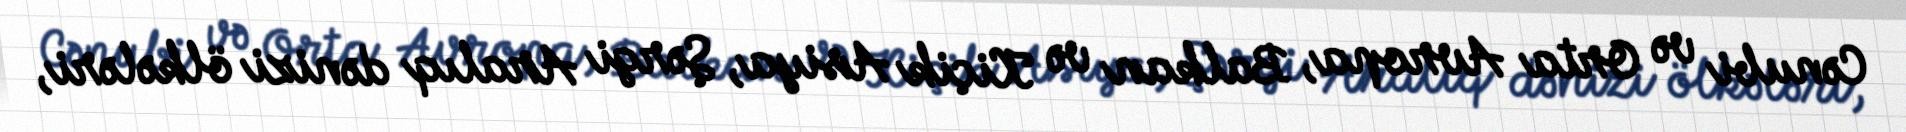
Cənubi və Orta Avropa, Balkan və Kiçik Asiya, Şərgi Aralıq dənizi ölkələri,